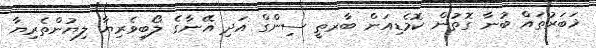
ޚަބަރުތައް ބުނާ ގޮތުން ކޮމެޑިއަން ބާރތީ ސިންގް އަދި އޭނާގެ ލޯބިވެރިޔާ ލިޔުންތެރިޔާ